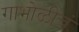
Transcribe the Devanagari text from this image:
गाभोळीचं